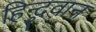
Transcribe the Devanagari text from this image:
हिन्दुवान